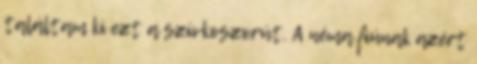
találtam ki ezt a szívkoszorút. A néma fiúnak azért